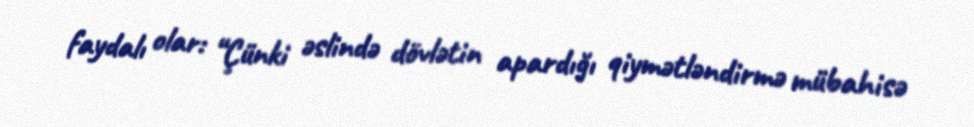
faydalı olar: “Çünki əslində dövlətin apardığı qiymətləndirmə mübahisə